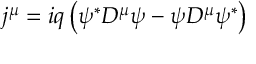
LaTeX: j ^ { \mu } = i q \left( \psi ^ { \ast } D ^ { \mu } \psi - \psi D ^ { \mu } \psi ^ { \ast } \right)